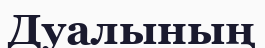
Дуалының